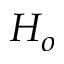
H _ { o }